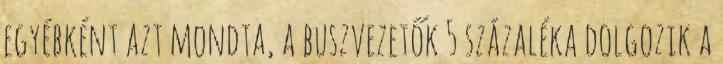
egyébként azt mondta, a buszvezetők 5 százaléka dolgozik a